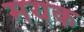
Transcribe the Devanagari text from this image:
मयक